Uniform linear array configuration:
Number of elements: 24
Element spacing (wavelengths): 1
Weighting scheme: exponential
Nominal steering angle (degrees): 0
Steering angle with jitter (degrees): -1.337
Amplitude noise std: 0.05
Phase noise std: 0.05

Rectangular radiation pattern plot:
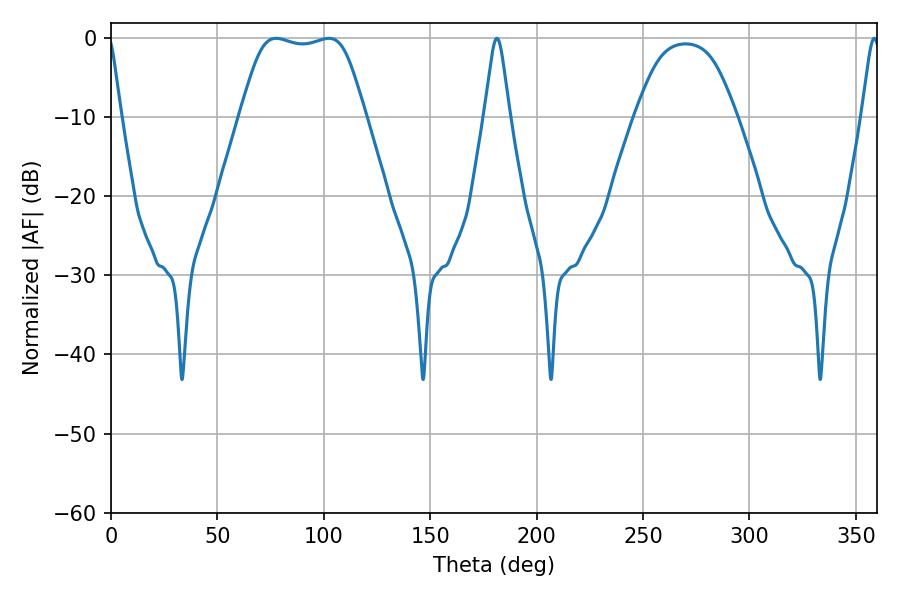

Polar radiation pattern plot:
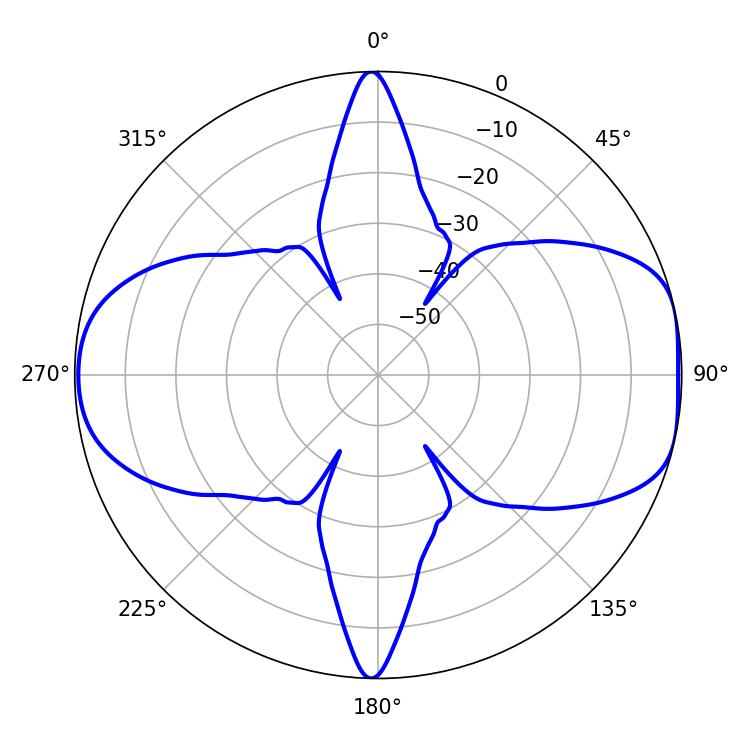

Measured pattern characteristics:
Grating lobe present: TRUE
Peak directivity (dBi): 8.537
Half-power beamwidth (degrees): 44.28
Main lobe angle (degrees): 77.58